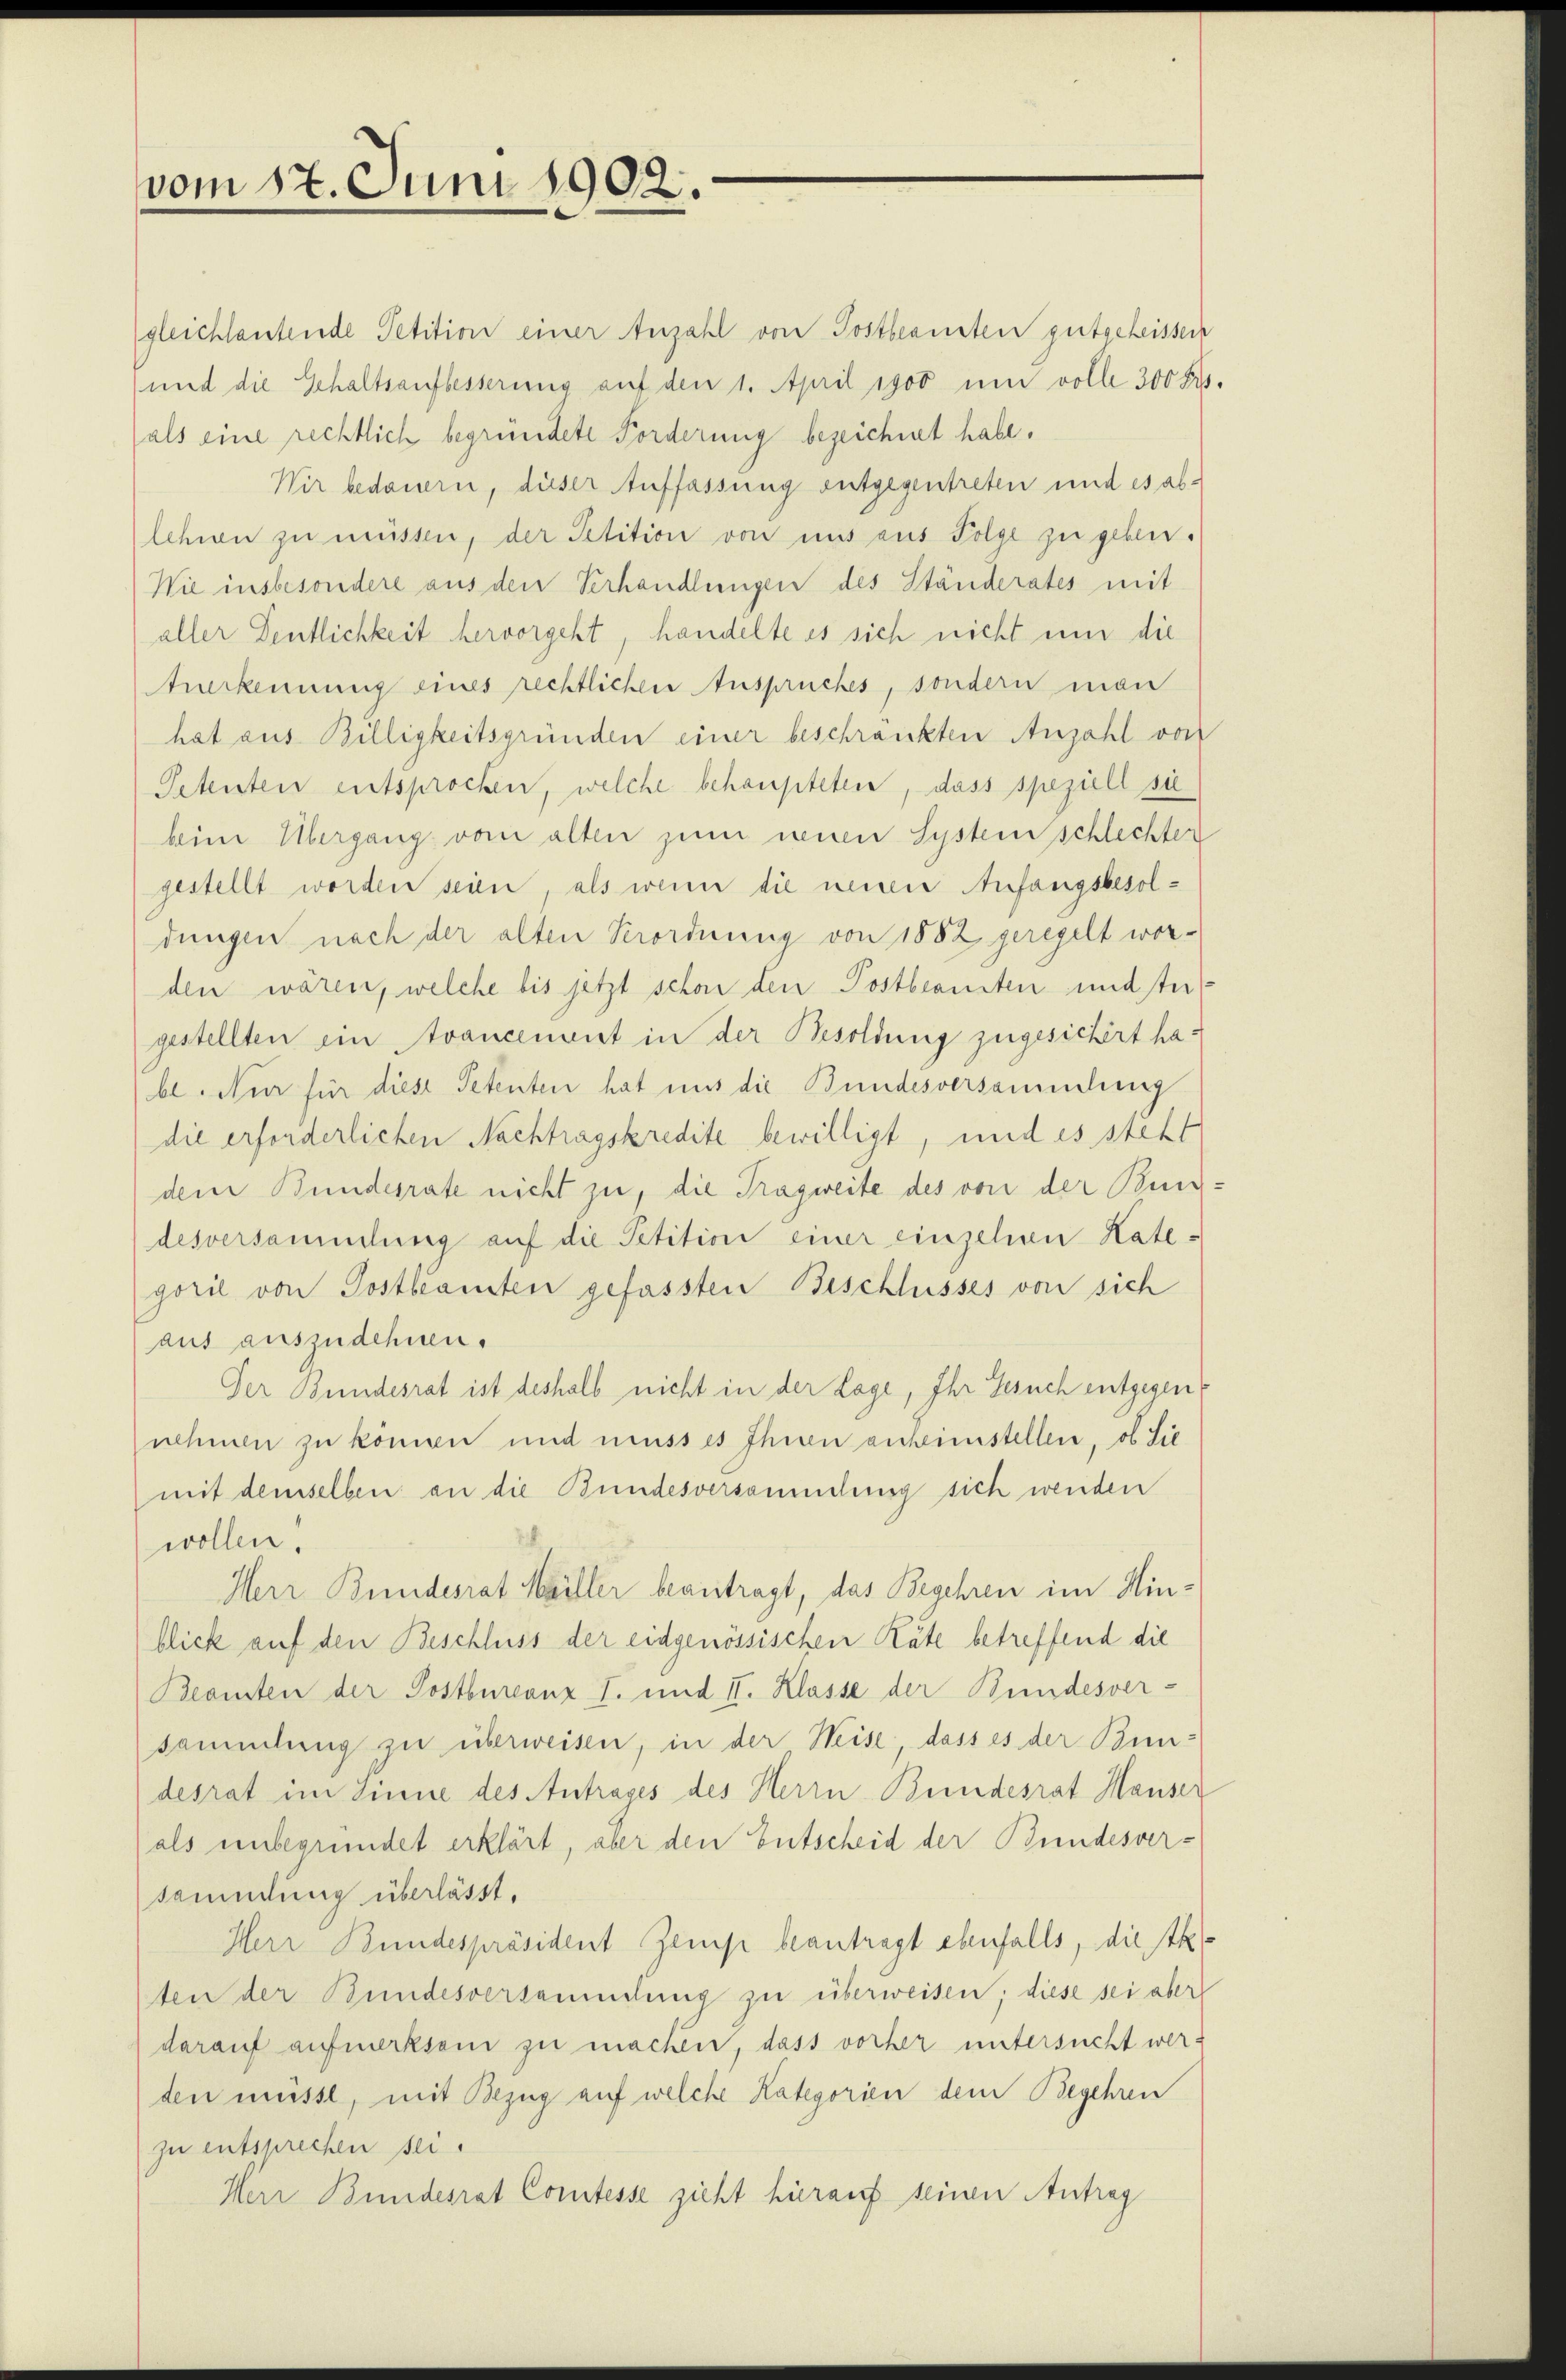
vom 17. Juni 1902.

gleichlautende Petition einer Anzahl von Postbeamten gutgeheissen
und die Gehaltsaufbesserung auf den 1. April 1900 um volle 300 Fr.
als eine rechtlich begründete Forderung bezeichnet habe.
Wir bedauern, dieser Auffassung entgegentreten und es ablehren zu müssen, der Petition von uns aus Folge zu geben.
Wie insbesondere aus den Verhandlungen des Ständerates mit
aller Deutlichkeit hervorgeht, handelte es sich nicht um die
tuerkennung eines rechtlichen Anspruches, sondern man
hat aus Billigkeitsgründen einer beschränkten Anzahl von
Petenten entsprochen, welche behaupteten, dass speziell sie
beim Übergang vom alten zum neuen System schlechter
gestellt worden seien, als wenn die neuen Anfangsbesoldungen nach der alten Verordnung von 1882 geregelt worden wären, welche bis jetzt schon den Postbeamten und stergestellten ein Avancement in der Besoldung zugesichert habe. Nur für diese Petenten hat uns die Bundesversammlung
die erforderlichen Nachtragskredite bewilligt, und es steht
dem Bundesrate nicht zu, die Tragweite des von der Bundesversammlung auf die Petition einer einzelnen Kategorie von Postbeamten gefassten Beschlusses von sich
aus auszudehnen.
Der Bundesrat ist deshalb nicht in der Lage, Ihr Gesuch entgegennehmen zu können und muss es Ihnen anheimstellen, ob Sie
mit demselben an die Bundesversammlung sich wenden
wollen.
Herr Bundesrat Heiller beantragt, das Begehren im Hinblick auf den Beschluss der eidgenössischen Räte betreffend die
Beamten der Postbureanz I. und II. Klasse der Bundesver-
sammlung zu überweisen, in der Weise, dass es der Bun-
desrat im Sinne des Antrages des Herrn Bundesrat Hauser
(als unbegründet erklärt, aber den Entscheid der Bundesver-
sammlung überlässt.
Herr Bundespräsident Zemp beantragt ebenfalls, die Ak
ten der Bundesversammlung zu überweisen; diese sei aber
darauf aufmerksam zu machen, dass vorher untersucht werden müsse, mit Bezug auf welche Kategorien dem Begehren
zu entsprechen sei.
Herr Bundesrat Comtesse zieht hierauf seinen Antrag